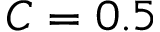
C = 0 . 5